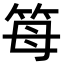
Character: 𥬦